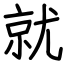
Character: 就